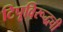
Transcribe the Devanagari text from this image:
टिपूविरूद्धची